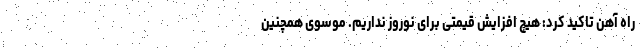
راه آهن تاکید کرد: هیچ افزایش قیمتی برای نوروز نداریم. موسوی همچنین